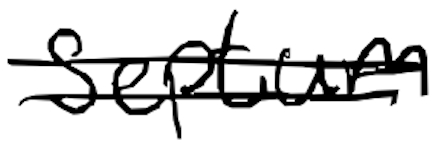
Text: septum
Cross-out: double-line
Writing tool: digital_black